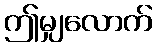
ဤမျှလောက်